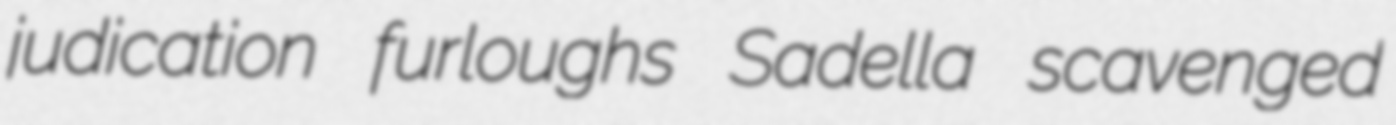
judication furloughs Sadella scavenged